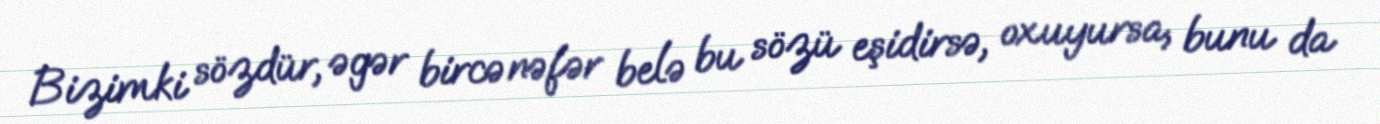
Bizimki sözdür, əgər bircə nəfər belə bu sözü eşidirsə, oxuyursa, bunu da